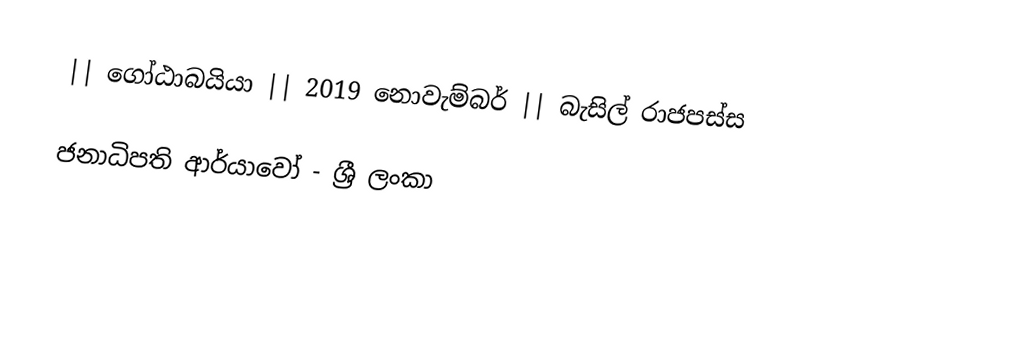
|| ගෝඨාබයියා || 2019 නොවැම්බර් || බැසිල් රාජපස්ස

ජනාධිපති ආර්යාවෝ - ශ්‍රී ලංකා